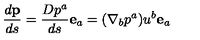
\frac { d \mathbf { p } } { d s } = \frac { D p ^ { a } } { d s } \mathbf { e } _ { a } = ( \nabla _ { b } p ^ { a } ) u ^ { b } \mathbf { e } _ { a }